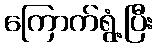
ကြောက်ရွံ့ပြီး